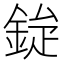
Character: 𮡿